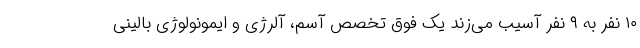
۱۰ نفر به ۹ نفر آسیب می‌زند یک فوق تخصص آسم، آلرژی و ایمونولوژی بالینی